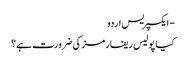
- ایکسپریس اردو
کیا پولیس ریفارمز کی ضرورت ہے؟